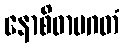
နောစိဓာပဂတံ